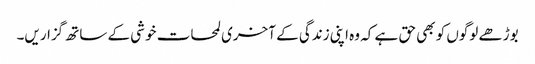
بوڑھے لوگوں کو بھی حق ہے کہ وہ اپنی زندگی کے آخری لمحات خوشی کے ساتھ گزاریں۔